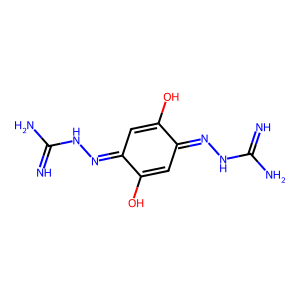
SMILES: N=C(N)NN=C1C=C(O)C(=NNC(=N)N)C=C1O
Inhibits HIV replication: No